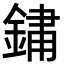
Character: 𨨂